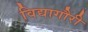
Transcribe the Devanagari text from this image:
विद्यागौरी